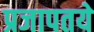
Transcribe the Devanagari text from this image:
प्रजापतये